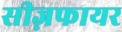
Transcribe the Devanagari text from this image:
सीज़फायर